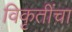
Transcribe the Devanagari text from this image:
विकृतींचा